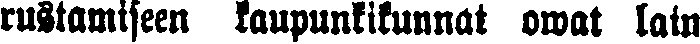
rustamiseen kaupunkikunnat owat lain